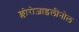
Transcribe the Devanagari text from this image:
क्लोरोज़ाइलीनोल